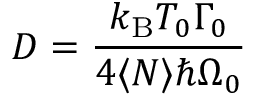
D = \frac { k _ { \mathrm { B } } T _ { 0 } \Gamma _ { 0 } } { 4 \langle N \rangle \hbar \Omega _ { 0 } }